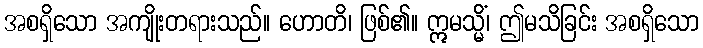
အစရှိသော အကျိုးတရားသည်။ ဟောတိ၊ ဖြစ်၏။ ဣမသ္မိံ၊ ဤမသိခြင်း အစရှိသော